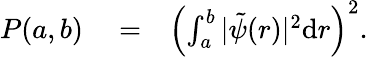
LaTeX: \begin{array}{rlr}{P(a,b)}&{{}=}&{\left(\int_{a}^{b}|\tilde{\psi}(r)|^{2}{\textrm d}r\right)^{2}.}\end{array}